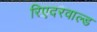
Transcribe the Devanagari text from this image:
रिएदरवाल्ड